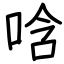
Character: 唅